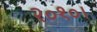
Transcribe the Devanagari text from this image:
२०१०।